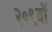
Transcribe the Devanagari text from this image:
२०९वॉ